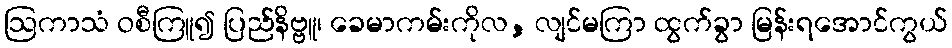
ဩကာသံ ဝစီကြူ၍ ပြည်နိဗ္ဗူ၊ ခေမာကမ်းကိုလ, လျင်မကြာ ထွက်ခွာ မြန်းရအောင်ကွယ်